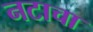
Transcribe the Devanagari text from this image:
नटाचा